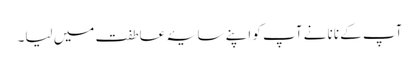
آپ کے نانا نے آپ کو اپنے سایۂ عاطفت میں لیا۔